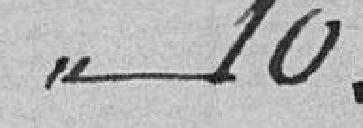
10.00